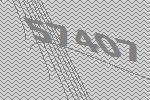
57407